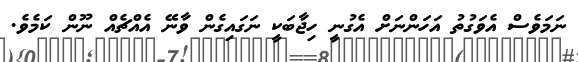
ނަމަވެސް އެވަގުތު އަހަންނަށް އެގުނީ ހިޖާބަކީ ނަގައިގެން ވާނޭ އެއްޗެއް ނޫން ކަމެވެ.